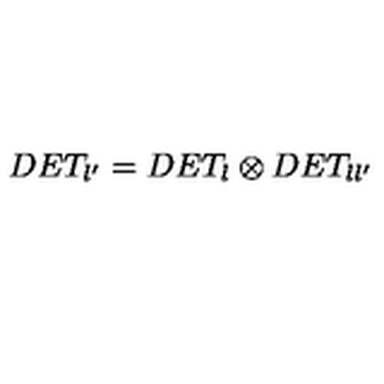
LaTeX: D E T _ { \l ^ { \prime } } = D E T _ { \l } \otimes D E T _ { \l \l ^ { \prime } }